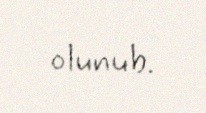
olunub.